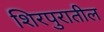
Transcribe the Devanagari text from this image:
शिरपुरातील